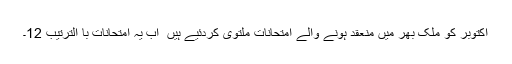
اکتوبر کو ملک بھر میں منعقد ہونے والے امتحانات ملتوی کردئیے ہیں ٗ اب یہ امتحانات با الترتیب 12۔